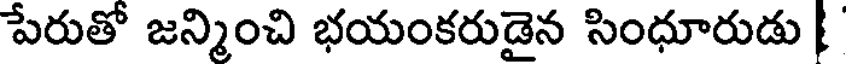
పేరుతో జన్మించి భయంకరుడైన సింధూరుడు |